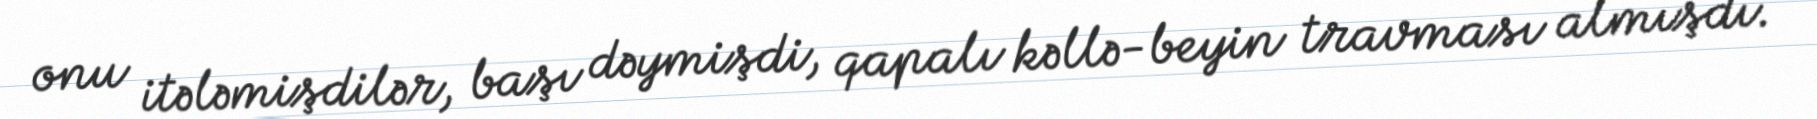
onu itələmişdilər, başı dəymişdi, qapalı kəllə-beyin travması almışdı.